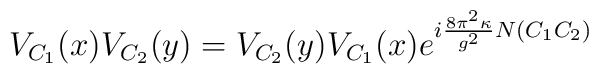
V_{C_1}(x)V_{C_2}(y)=V_{C_2}(y)V_{C_1}(x)e^{i\frac{8\pi^2\kappa}{g^2}N(C_1C_2)}